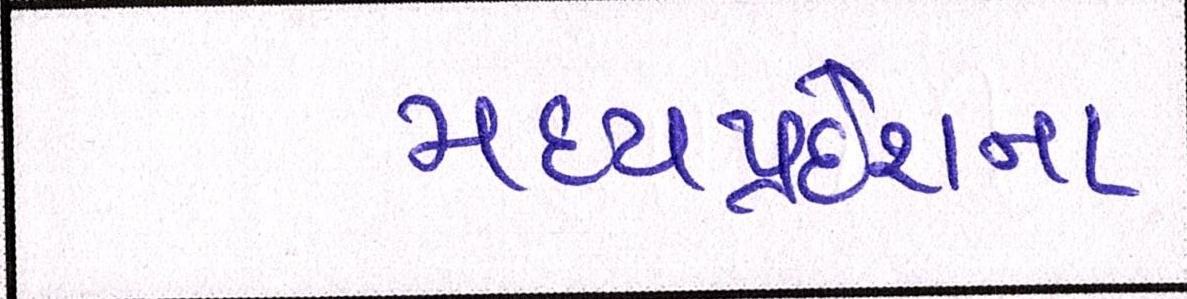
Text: મધ્યપ્રદેશના